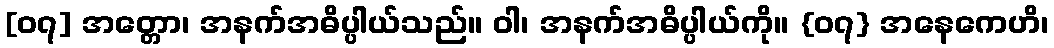
[၀၇] အတ္တော၊ အနက်အဓိပ္ပါယ်သည်။ ဝါ၊ အနက်အဓိပ္ပါယ်ကို။ {၀၇} အနေကေဟိ၊